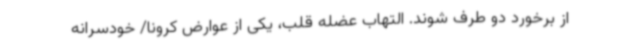
از برخورد دو طرف شوند. التهاب عضله قلب، یکی از عوارض کرونا/ خودسرانه